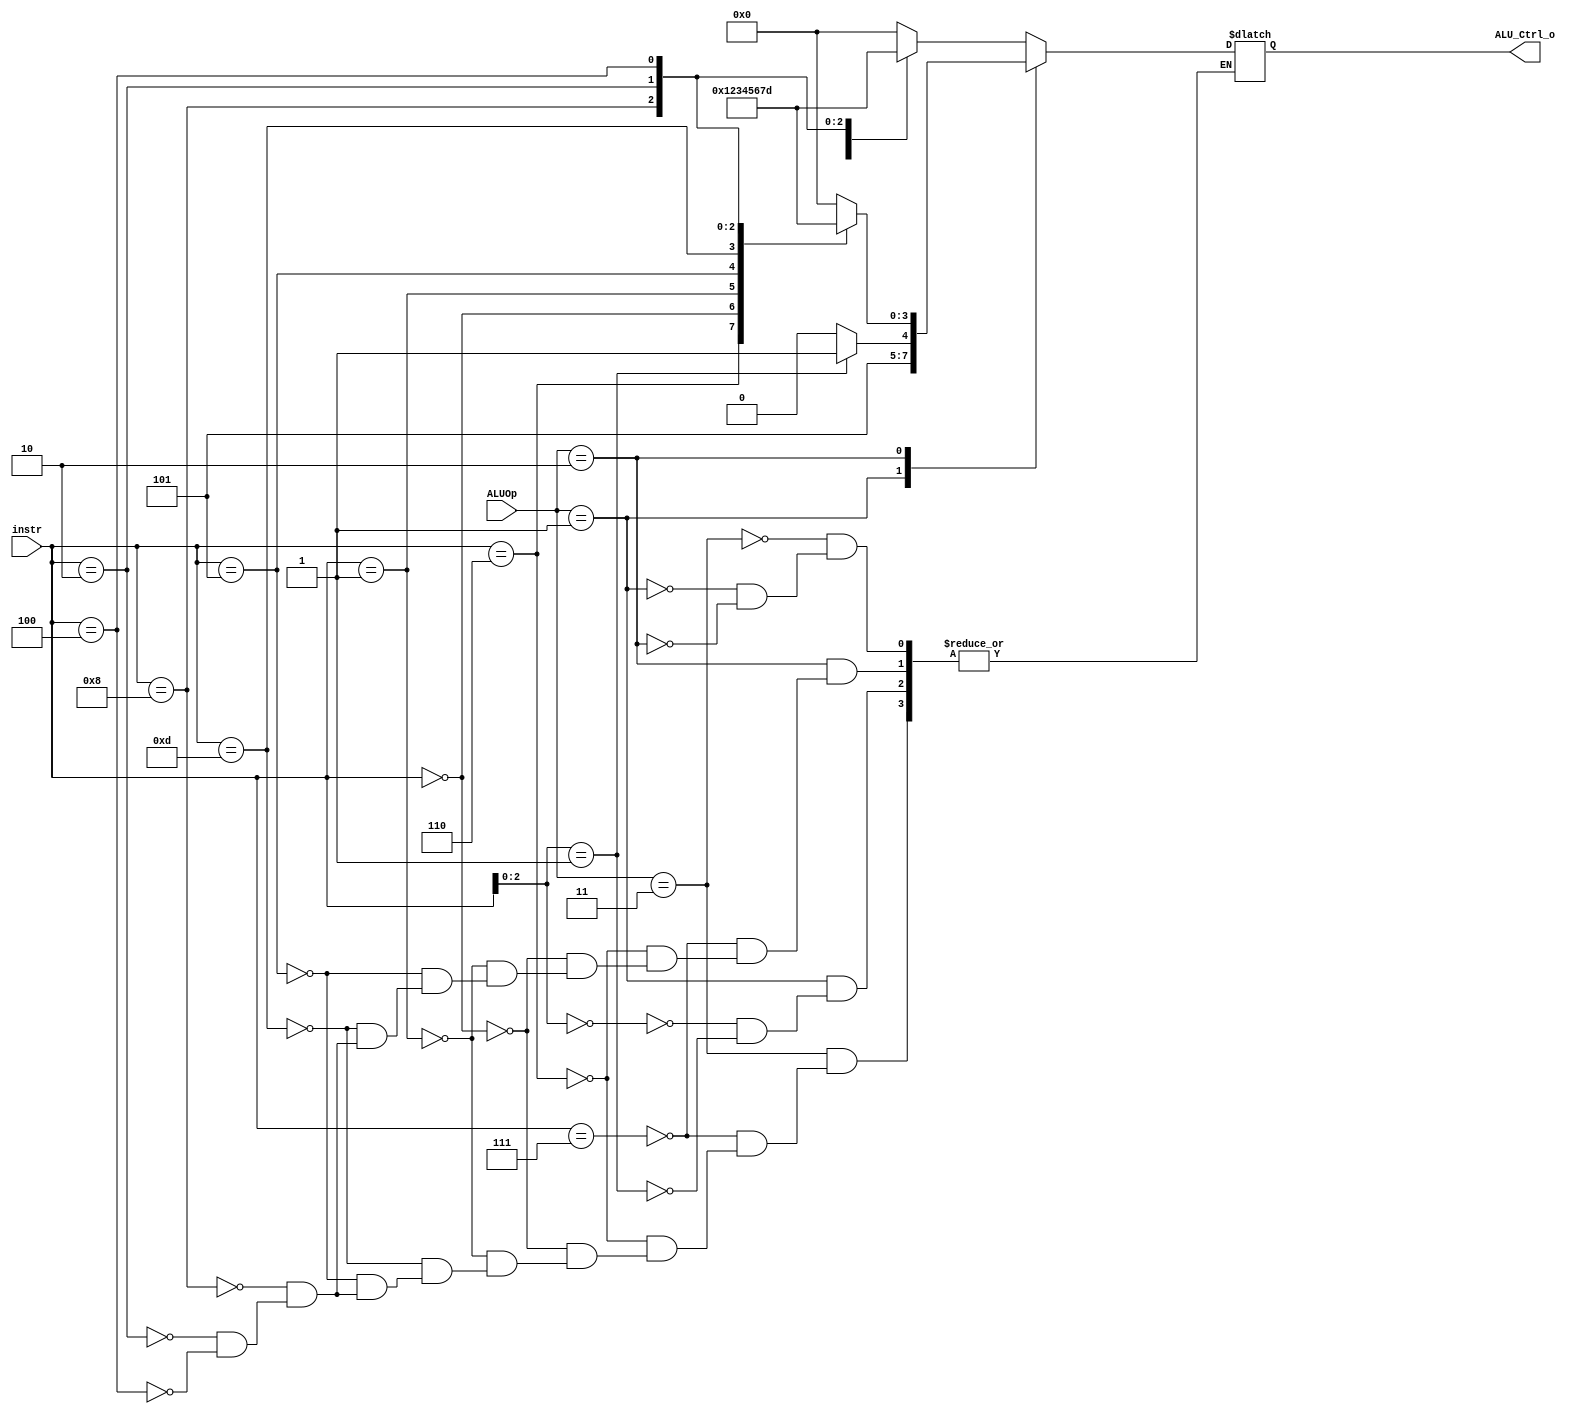
/***************************************************
Student Name: 
Student ID: 0712245
***************************************************/

`timescale 1ns/1ps

module ALU_Ctrl(
	input	[4-1:0]	instr,
	input	[2-1:0]	ALUOp,
	output	[4-1:0] ALU_Ctrl_o
	);
	

reg [4-1:0] ALU_Ctrl_O;

always@* 
begin
	case(ALUOp)
		/* Imm */
		2'b11: 
			begin
				case(instr)
					//ANDI do and:0
					4'b0111: ALU_Ctrl_O <= 4'b0000;
					//ORI do or: 1
					4'b0110: ALU_Ctrl_O <= 4'b0001;
					//ADDI do add: 2
					4'b0000: ALU_Ctrl_O <= 4'b0010;
					//SLLI do sll: 3
					4'b0001: ALU_Ctrl_O <= 4'b0011;
					//SRLI do sra: 4
					4'b1101: ALU_Ctrl_O <= 4'b0100;
					//SRAI do sra: 5
					4'b0101: ALU_Ctrl_O <= 4'b0101;  
					//SUBI do sub: 6
					4'b1000: ALU_Ctrl_O <= 4'b0110; 
					//SLTI do slt: 7
					4'b0010: ALU_Ctrl_O <= 4'b0111;
					//XORI do xor: 13
					4'b0100: ALU_Ctrl_O <= 4'b1101; 
				endcase 
 			end
		/* SB */
		2'b01:  
			begin
				case(instr[3-1:0])
					//BEQ do beq: 10
					3'b000: ALU_Ctrl_O <= 4'b1010;
					//BNE do bne: 11
					3'b001: ALU_Ctrl_O <= 4'b1011;
				endcase  
 			end
		/* R */
	  	2'b10:
			begin
				case(instr)
					//AND do and: 0
					4'b0111: ALU_Ctrl_O <= 4'b0000;
					//OR do  or: 1
					4'b0110: ALU_Ctrl_O <= 4'b0001;
					//ADD do add: 2
					4'b0000: ALU_Ctrl_O <= 4'b0010;
					//SLL do sll: 3
					4'b0001: ALU_Ctrl_O <= 4'b0011;
					//SRL do srl: 4
					4'b0101: ALU_Ctrl_O <= 4'b0100;
					//SRA do sra: 5
					4'b1101: ALU_Ctrl_O <= 4'b0101;
					//SUB do sub: 6
					4'b1000: ALU_Ctrl_O <= 4'b0110;
					//SLT do slt: 7
					4'b0010: ALU_Ctrl_O <= 4'b0111;
					//XOR do xor: 13
					4'b0100: ALU_Ctrl_O <= 4'b1101;
				endcase
			end
	endcase
end

assign ALU_Ctrl_o = ALU_Ctrl_O; 
endmodule